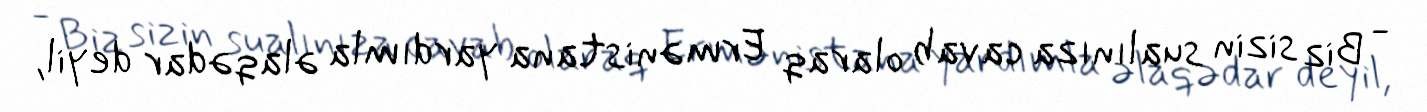
- Biz sizin sualınıza cavab olaraq Ermənistana yardımla əlaqədar deyil,